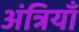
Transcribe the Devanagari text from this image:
अंत्रियाँ